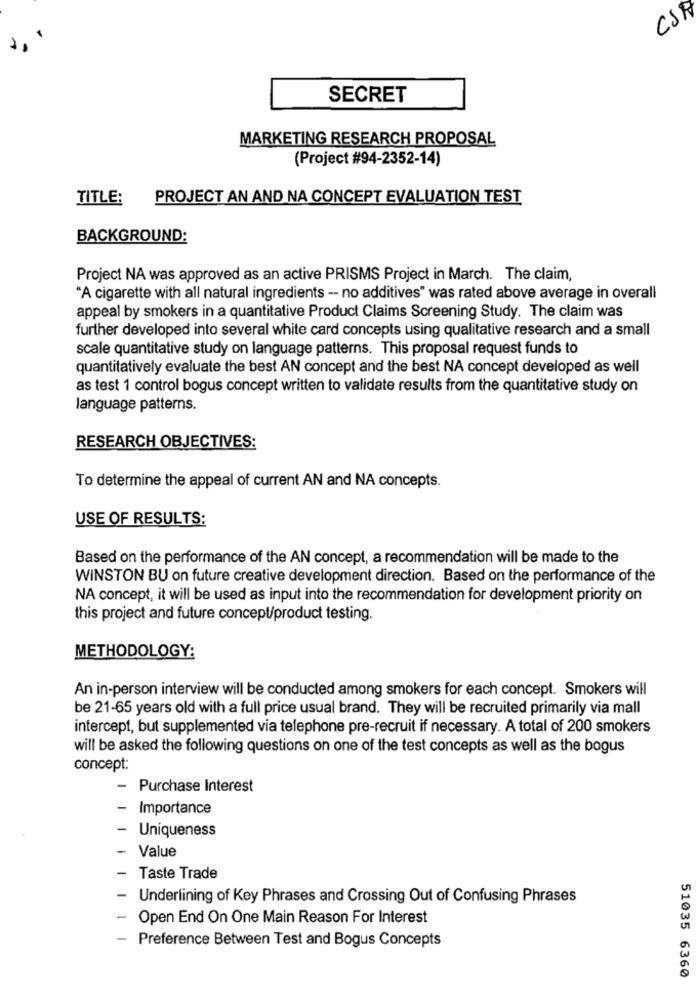
CSA
SECRET
MARKETING RESEARCH PROPOSAL
(Project #94-2352-14)
TITLE:
PROJECT AN AND NA CONCEPT EVALUATION TEST
BACKGROUND:
Project NA was approved as an active PRISMS Project in March. The claim,
"A cigarette with all natural ingredients - no additives" was rated above average in overall
appeal by smokers in a quantitative Product Claims Screening Study. The claim was
further developed into several white card concepts using qualitative research and a small
scale quantitative study on language patterns. This proposal request funds to
quantitatively evaluate the best AN concept and the best NA concept developed as well
as test 1 control bogus concept written to validate results from the quantitative study on
language patterns.
RESEARCH OBJECTIVES:
To determine the appeal of current AN and NA concepts.
USE OF RESULTS:
Based on the performance of the AN concept, a recommendation will be made to the
WINSTON BU on future creative development direction. Based on the performance of the
NA concept, it will be used as input into the recommendation for development priority on
this project and future concept/product testing.
METHODOLOGY:
An in-person interview will be conducted among smokers for each concept. Smokers will
be 21-65 years old with a full price usual brand. They will be recruited primarily via mall
intercept, but supplemented via telephone pre-recruit if necessary. A total of 200 smokers
will be asked the following questions on one of the test concepts as well as the bogus
concept:
- Purchase Interest
- Importance
- Uniqueness
- Value
-
Taste Trade
Underlining of Key Phrases and Crossing Out of Confusing Phrases
-
Open End On One Main Reason For Interest
- Preference Between Test and Bogus Concepts
51035 6360